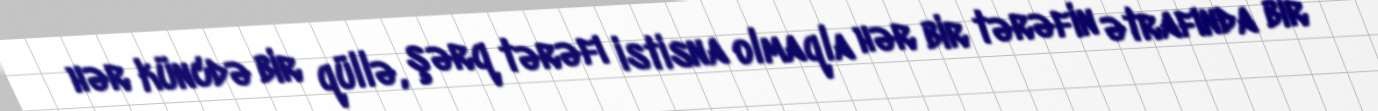
hər küncdə bir qüllə, şərq tərəfı istisna olmaqla hər bir tərəfin ətrafında bir